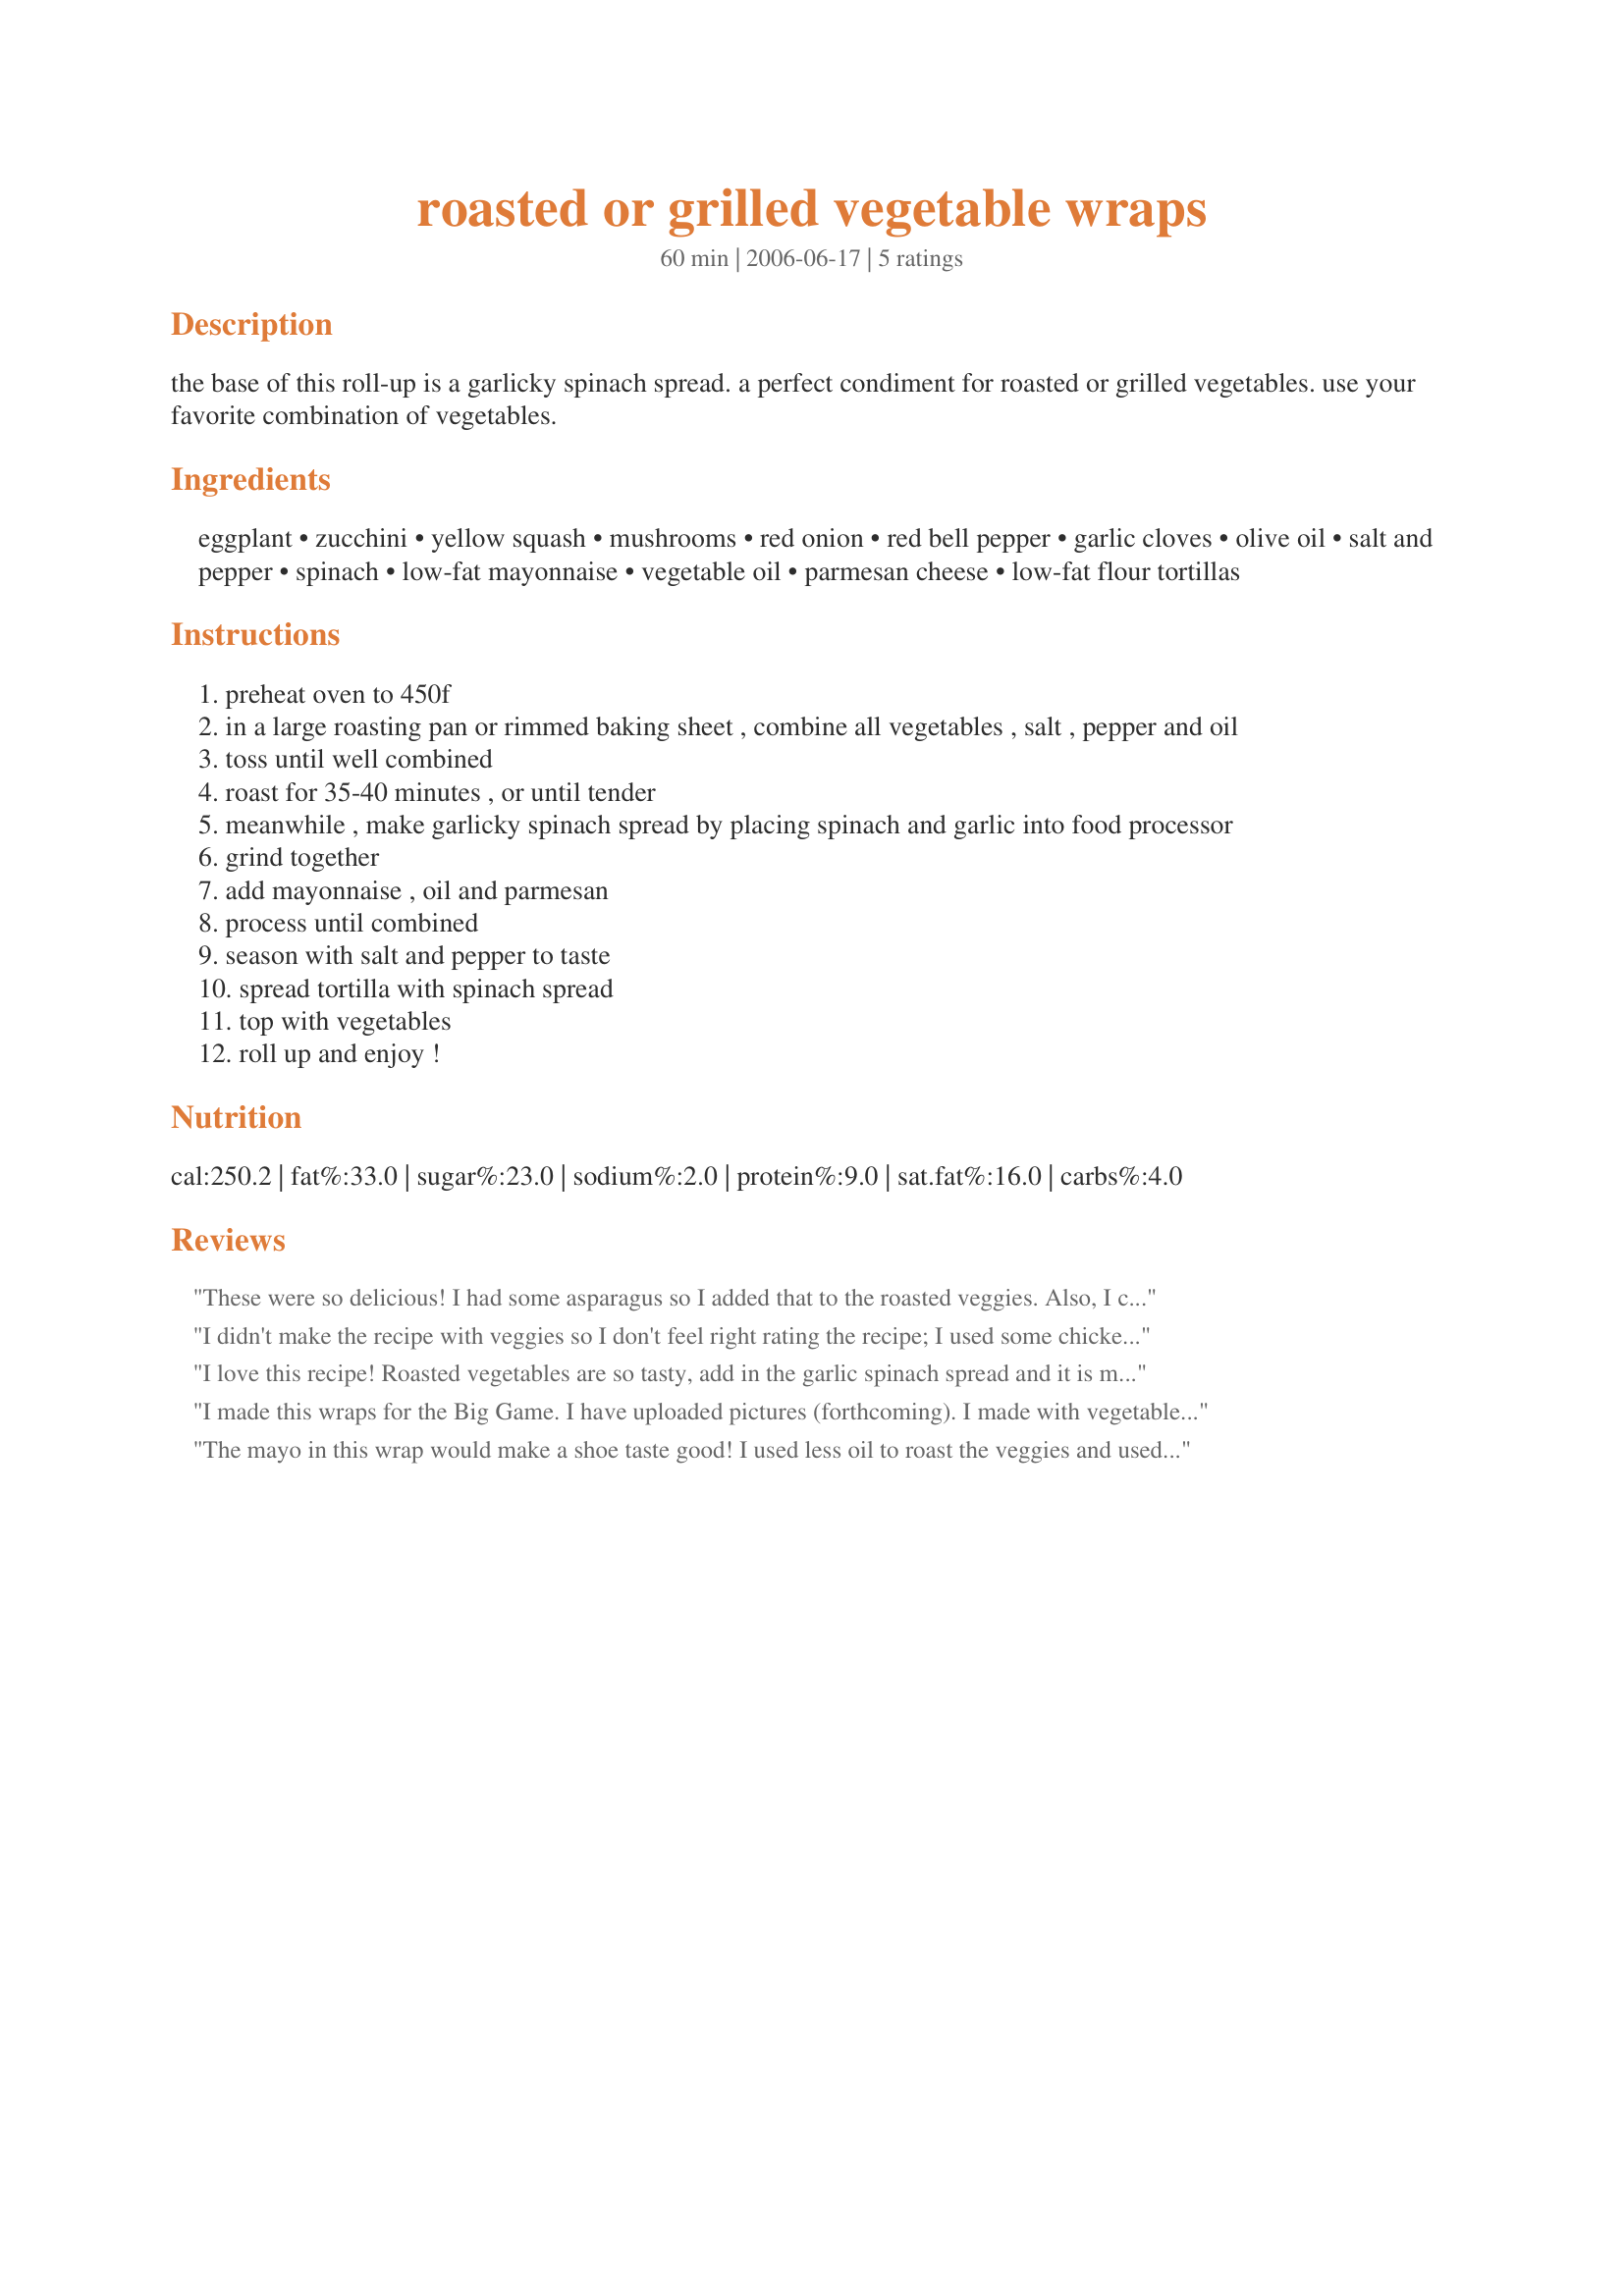
roasted or grilled vegetable wraps
Preparation time: 60 minutes

the base of this roll-up is a garlicky spinach spread. a perfect condiment for roasted or grilled vegetables. use your favorite combination of vegetables.

Ingredients:
eggplant, zucchini, yellow squash, mushrooms, red onion, red bell pepper, garlic cloves, olive oil, salt and pepper, spinach, low-fat mayonnaise, vegetable oil, parmesan cheese, low-fat flour tortillas

Steps:
preheat oven to 450f
in a large roasting pan or rimmed baking sheet , combine all vegetables , salt , pepper and oil
toss until well combined
roast for 35-40 minutes , or until tender
meanwhile , make garlicky spinach spread by placing spinach and garlic into food processor
grind together
add mayonnaise , oil and parmesan
process until combined
season with salt and pepper to taste
spread tortilla with spinach spread
top with vegetables
roll up and enjoy !

Reviews:
These were so delicious! I had some asparagus so I added that to the roasted veggies. Also, I cut all of mine into strips instead of cubing them (except the mushrooms). The sauce was delicious; I only used 2 cloves of garlic. So nice and easy and made a great lunch to take to work the next day!
I didn't make the recipe with veggies so I don't feel right rating the recipe; I used some chicken & red onions for a wrap, but I need to give props for the wonderful spinach spread. I cooked the spinach on med-low till slightly wilted, used fat free mayo, no oil & added a little mustard for a zip. It was a great way to use up spinach, get my veggies in & plus, it tasted great!! Thanks for sharing & I hope to try this with some veggies next time.
I love this recipe! Roasted vegetables are so tasty, add in the garlic spinach spread and it is mmmmmm, mmmmmmm good! Sometimes I add 1/2 teaspoon of dried thyme and oregano to the oil and toss with the vegetables. This is one of my favourite lunches to take to work! Thanks KelBel.
I made this wraps for the Big Game. I have uploaded pictures (forthcoming). I made with vegetables, I added carrots in thin strips too. I roasted all in the oven with olive oil, salt and pepper. I doubled the dressing which was great. I used frozen spinach which was easy and still fine. We made it nice and garlicky. It is great as a dip with crackers. I used rectangular lavash flatbread, some I cut in two at a diagonal, and I made a platter of pinwheels by cutting rolls in six slices. Nice alternative for my friend who cannot eat protein. Will make again. Tx
The mayo in this wrap would make a shoe taste good! I used less oil to roast the veggies and used a Sundried Tomato Basil Wrap. It really did not need the special wrap because the mayo gave it plenty of flavor. Thank you KelBel for a great lunch! -- posted Aug 16, 2006
